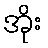
အိုး